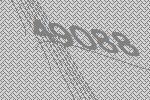
49088